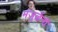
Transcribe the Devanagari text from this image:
मंजुळेंनी